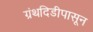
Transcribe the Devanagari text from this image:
ग्रंथदिडीपासून